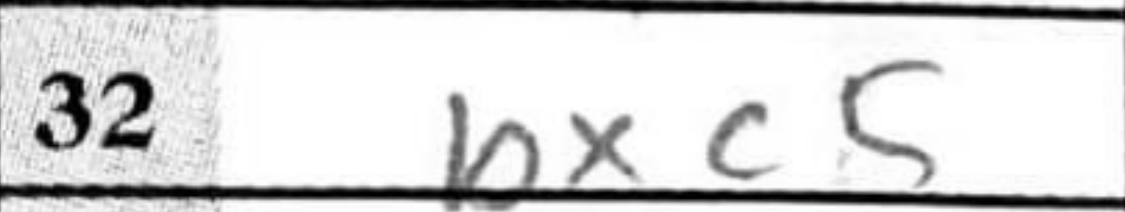
Transcription: bxc5